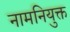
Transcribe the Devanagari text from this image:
नामनियुक्त